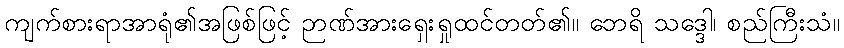
ကျက်စားရာအာရုံ၏အဖြစ်ဖြင့် ဉာဏ်အားရှေးရှုထင်တတ်၏။ ဘေရိ သဒ္ဒေါ၊ စည်ကြီးသံ။